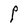
Character: P